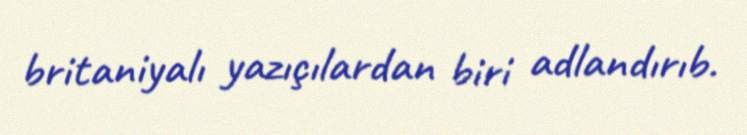
britaniyalı yazıçılardan biri adlandırıb.